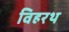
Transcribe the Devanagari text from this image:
विहरथ